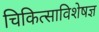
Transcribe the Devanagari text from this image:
चिकित्साविशेषज्ञ